Vabadussoja_Ajaloo_Komitee, lk 63
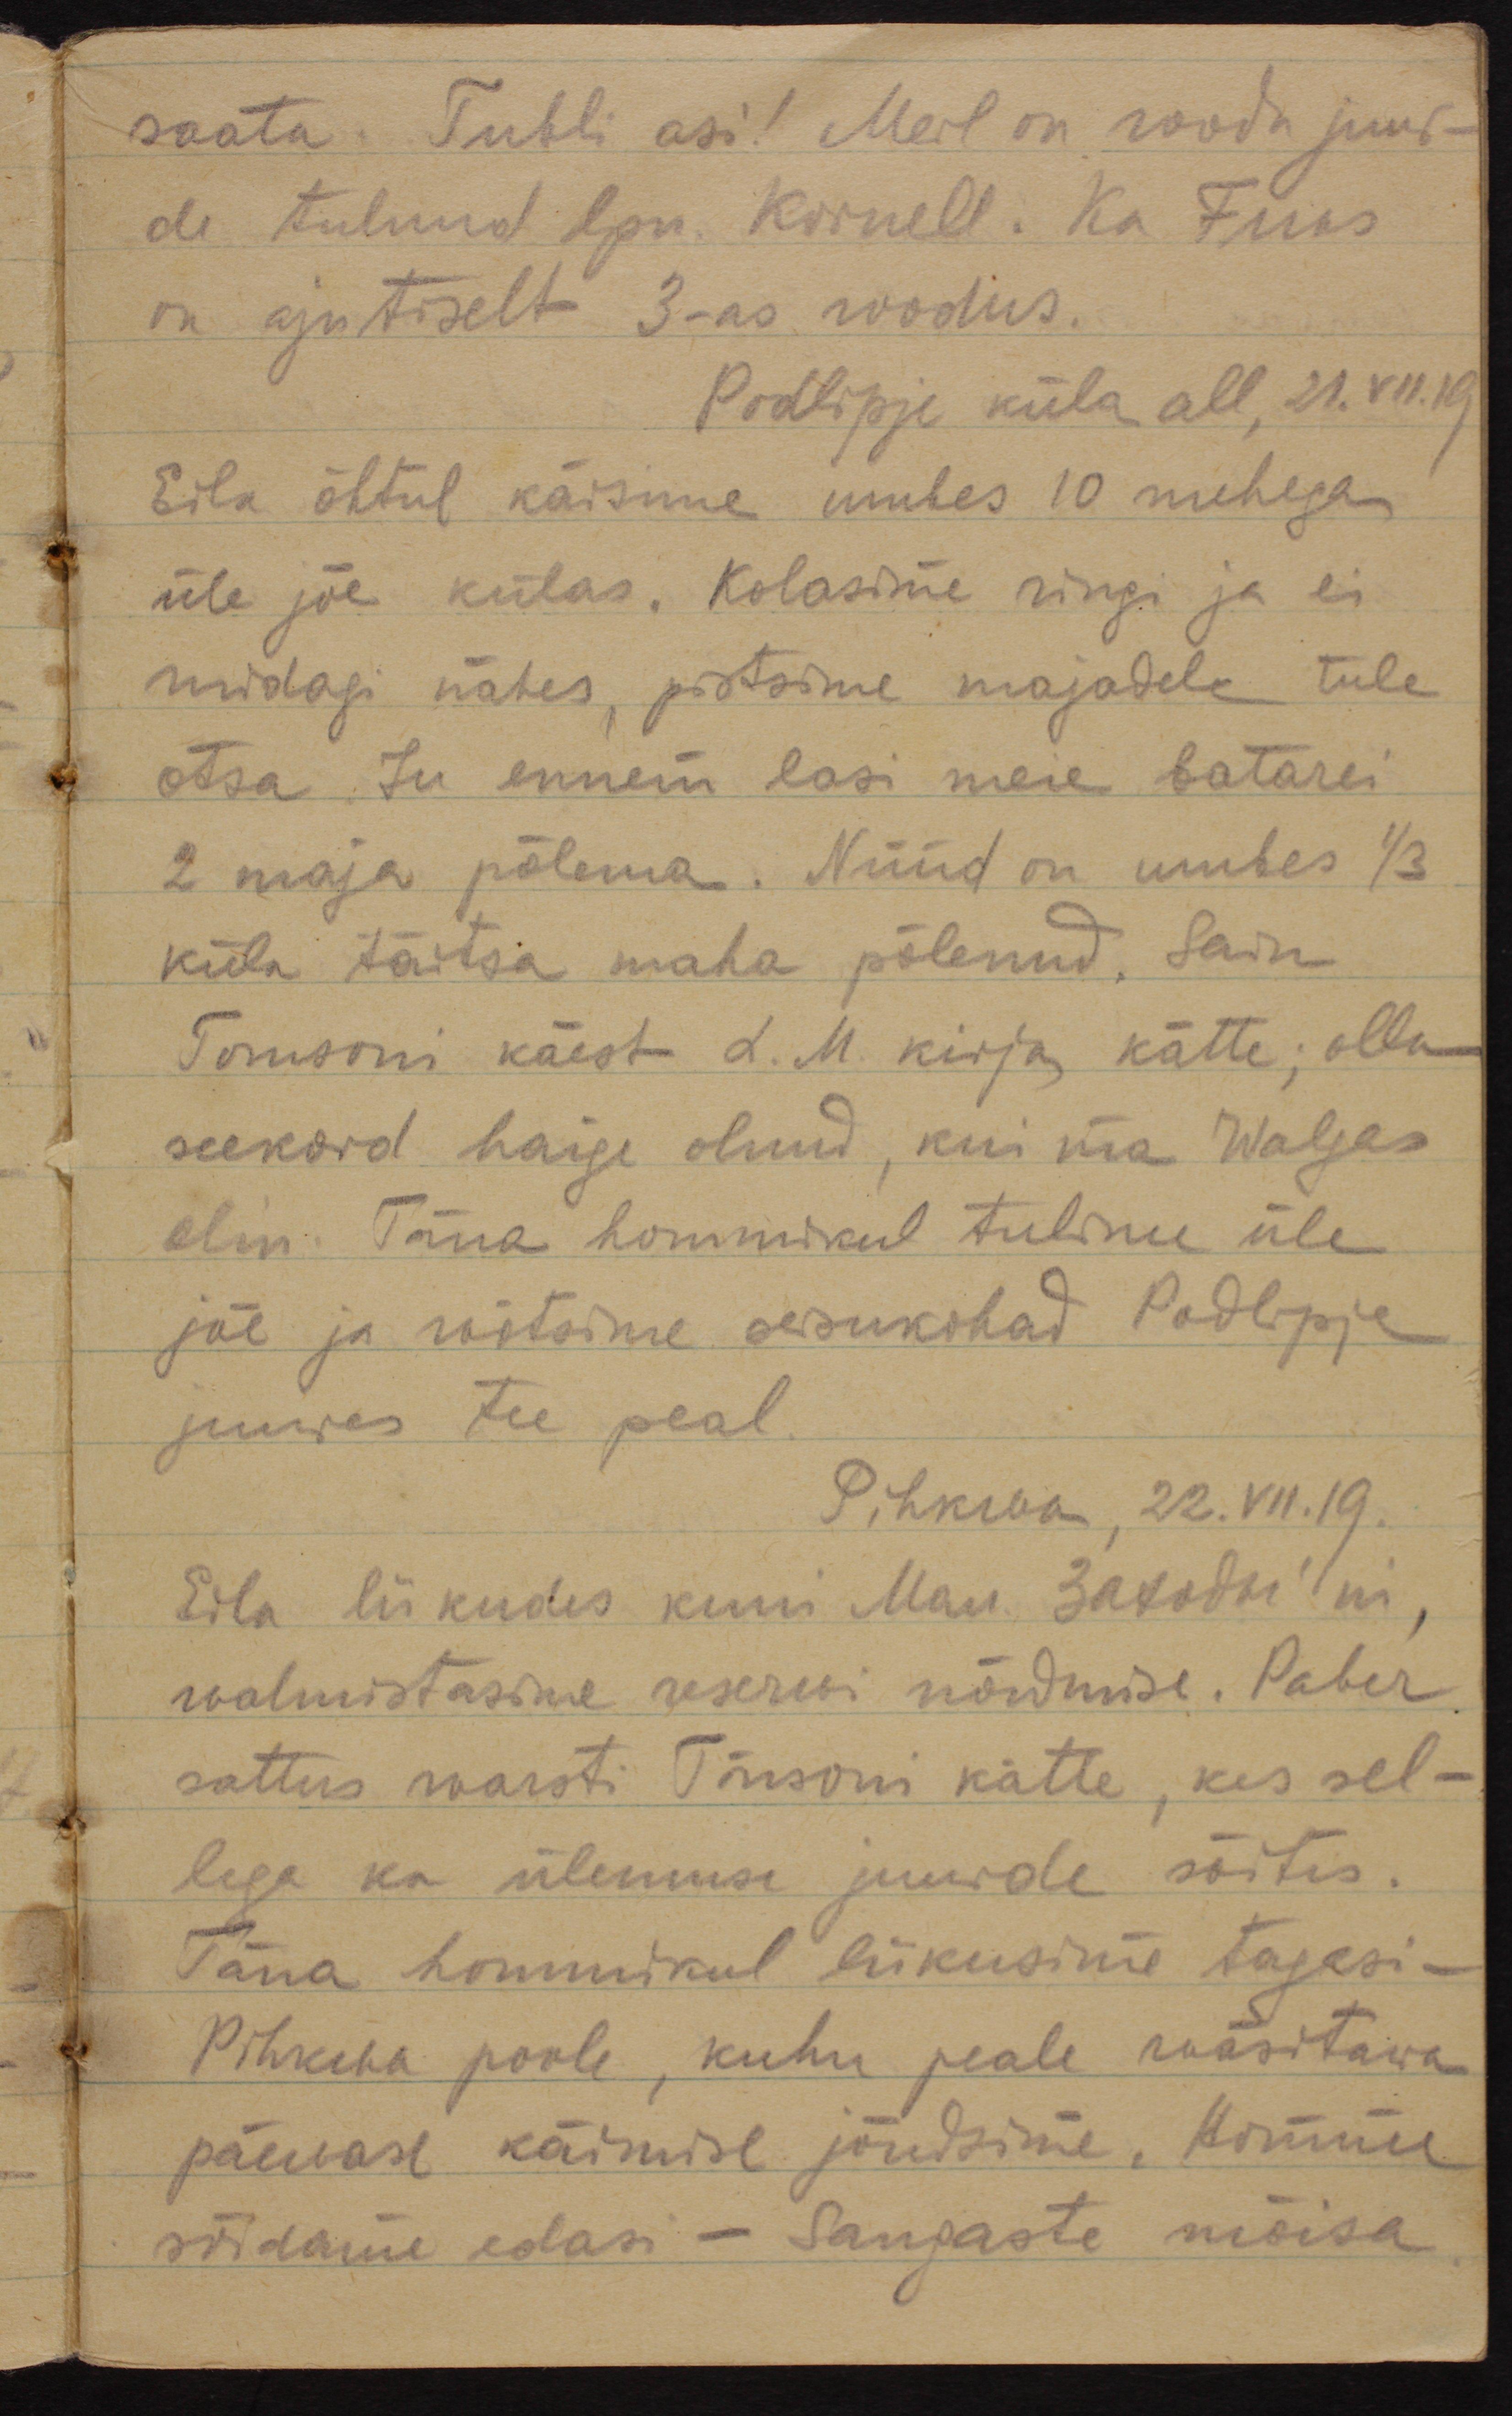
saata. Tubli asi! Meil on roodu juur-
de tulnud lpn. Kornell. Ka Fuks 
on ajutiselt 3-as roodus. 
Podlipje küla all, 21.VII.19.
Eila õhtul käisime umbes 10 mehega
üle jõe külas. Kolasime ringi ja ei 
midagi nähes, pistsime majadele tule
otsa. Ju ennem lasi meie batarei
2 maja põlema. Nüüd on umbes 1/3
küla täitsa maha põlenud. Sain
Tomsoni käest L. M kirja kätte; olla
seekord haige olnud, kui ma Walgas
olin. Täna hommikul tulime üle
jõe ja wõtsime seisukohad Podlipje
juures tee peal.
Pihkwa, 22.VII.19.
Eila liikudes kuni Мал. Заходы´ni, 
walmistasime reserwi nõudmise. Paber
sattus warsti Tõnsoni kätte, kes sel-
lega ka ülemuse juurde sõitis. 
Täna hommikul liikusime tagasi - 
Pihkwa poole, kuhu peale wäsitawa
päewase käimise jõudsime. Homme
sõidame edasi - Sangaste mõisa.